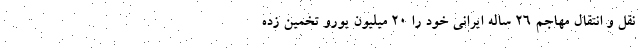
نقل و انتقال مهاجم ۲۶ ساله ایرانی خود را ۲۰ میلیون یورو تخمین زده